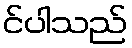
င်ပါသည်